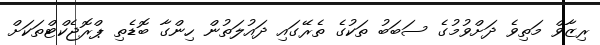
ރިޒާވް މަތިވެ ދަށްވުމުގެ ސަބަބު ތަކުގެ ތެރޭގައި ދައުލަތުން ހިންގާ ބޮޑެތި ޕްރޮޖެކްޓްތަކަށް